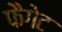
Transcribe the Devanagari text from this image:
फैगेट